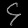
Digit: ၄